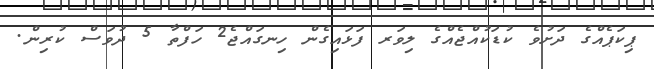
ޕިކަޕެއްގެ ދަށުވެ ކުޑަކުއްޖެއްގެ ލިވަރ ފަޅައިގެން ހިނގައްޖެ2 ހަފްތާ 5 ދުވަސް ކުރިން.